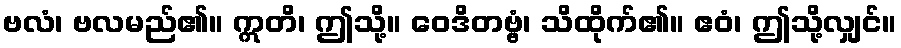
ဗလံ၊ ဗလမည်၏။ ဣတိ၊ ဤသို့။ ဝေဒိတဗ္ဗံ၊ သိထိုက်၏။ ဧဝံ၊ ဤသို့လျှင်။